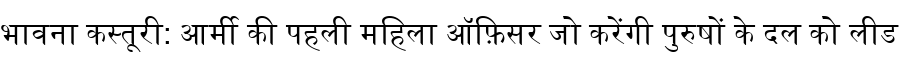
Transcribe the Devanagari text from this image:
भावना कस्तूरी: आर्मी की पहली महिला ऑफ़िसर जो करेंगी पुरुषों के दल को लीड